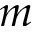
m